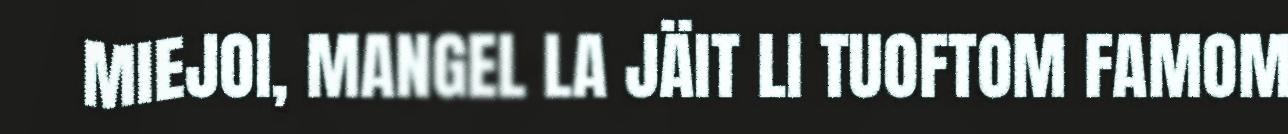
MIEJOI, MANGEL LA JÄIT LI TUOFTOM FAMOM